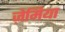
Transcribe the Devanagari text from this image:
ज़ेमिया